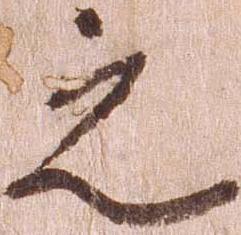
之